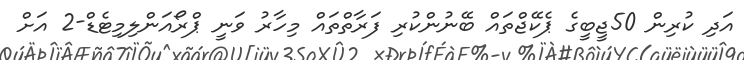
އަދި ކުރިން 50ޖީބީގެ ޕެކޭޖްތައް ބޭނުންކުރި ފަރާތްތައް މިހާރު ވަނީ ޕްރޯއަންލިމިޓެޑް-2 އަށް